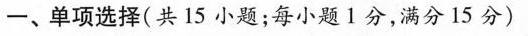
一、单项选择(共 15 小题;每小题1分,满分 15 分)